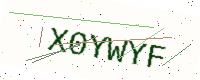
Text: X0YWYF